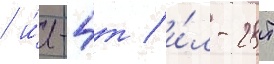
/ и́л-4т / и́л-28т